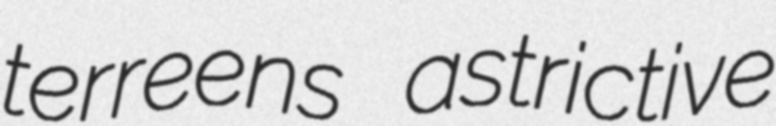
terreens astrictive